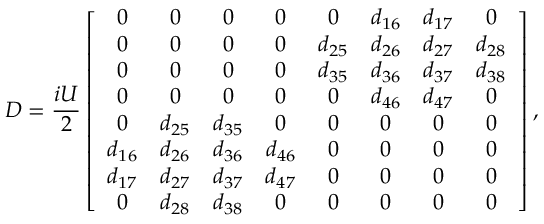
D = \frac { i U } { 2 } \left[ \begin{array} { c c c c c c c c } { 0 } & { 0 } & { 0 } & { 0 } & { 0 } & { d _ { 1 6 } } & { d _ { 1 7 } } & { 0 } \\ { 0 } & { 0 } & { 0 } & { 0 } & { d _ { 2 5 } } & { d _ { 2 6 } } & { d _ { 2 7 } } & { d _ { 2 8 } } \\ { 0 } & { 0 } & { 0 } & { 0 } & { d _ { 3 5 } } & { d _ { 3 6 } } & { d _ { 3 7 } } & { d _ { 3 8 } } \\ { 0 } & { 0 } & { 0 } & { 0 } & { 0 } & { d _ { 4 6 } } & { d _ { 4 7 } } & { 0 } \\ { 0 } & { d _ { 2 5 } } & { d _ { 3 5 } } & { 0 } & { 0 } & { 0 } & { 0 } & { 0 } \\ { d _ { 1 6 } } & { d _ { 2 6 } } & { d _ { 3 6 } } & { d _ { 4 6 } } & { 0 } & { 0 } & { 0 } & { 0 } \\ { d _ { 1 7 } } & { d _ { 2 7 } } & { d _ { 3 7 } } & { d _ { 4 7 } } & { 0 } & { 0 } & { 0 } & { 0 } \\ { 0 } & { d _ { 2 8 } } & { d _ { 3 8 } } & { 0 } & { 0 } & { 0 } & { 0 } & { 0 } \end{array} \right] ,